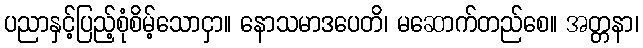
ပညာနှင့်ပြည့်စုံစိမ့်သောငှာ။ နောသမာဒပေတိ၊ မဆောက်တည်စေ။ အတ္တနာ၊